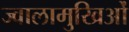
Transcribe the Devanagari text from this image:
ज्वालामुखिओं